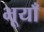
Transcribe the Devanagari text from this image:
भूयाँ